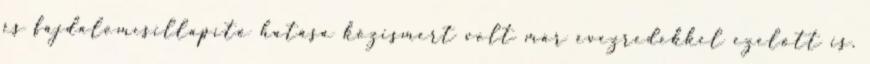
és fájdalomcsillapító hatása közismert volt már évezredekkel ezelőtt is.